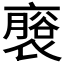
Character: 𮖬